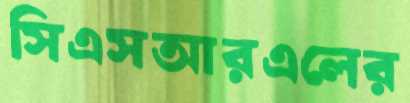
সিএসআরএলের